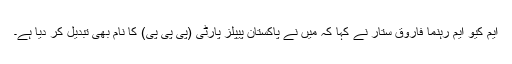
ایم کیو ایم رہنما فاروق ستار نے کہا کہ میں نے پاکستان پیپلز پارٹی (پی پی پی) کا نام بھی تبدیل کر دیا ہے۔